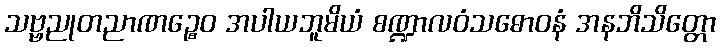
သဗ္ဗညုတညာဏဉ္စေဝ အပါယဘူမိယံ စဏ္ဍာလဝံသဓောဝနံ အနဘိသိတ္တော